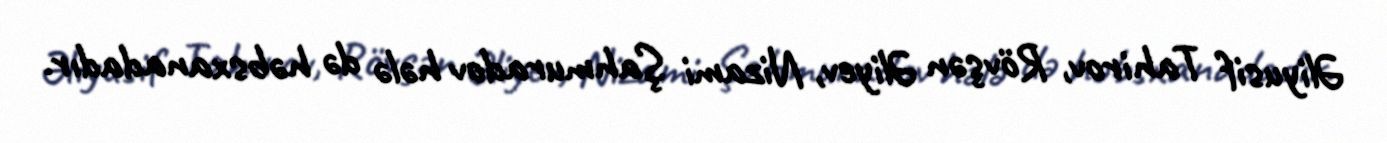
Əliyusif Tahirov, Rövşən Əliyev, Nizami Şahmuradov hələ də həbsxanadadır.